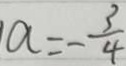
a = - \frac { 3 } { 4 }